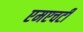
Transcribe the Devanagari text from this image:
एमएचटी